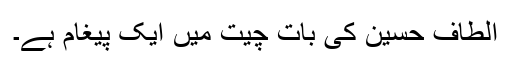
الطاف حسین کی بات چیت میں ایک پیغام ہے۔